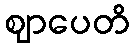
ဈာပေတိ